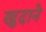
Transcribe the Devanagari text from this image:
खुदाने